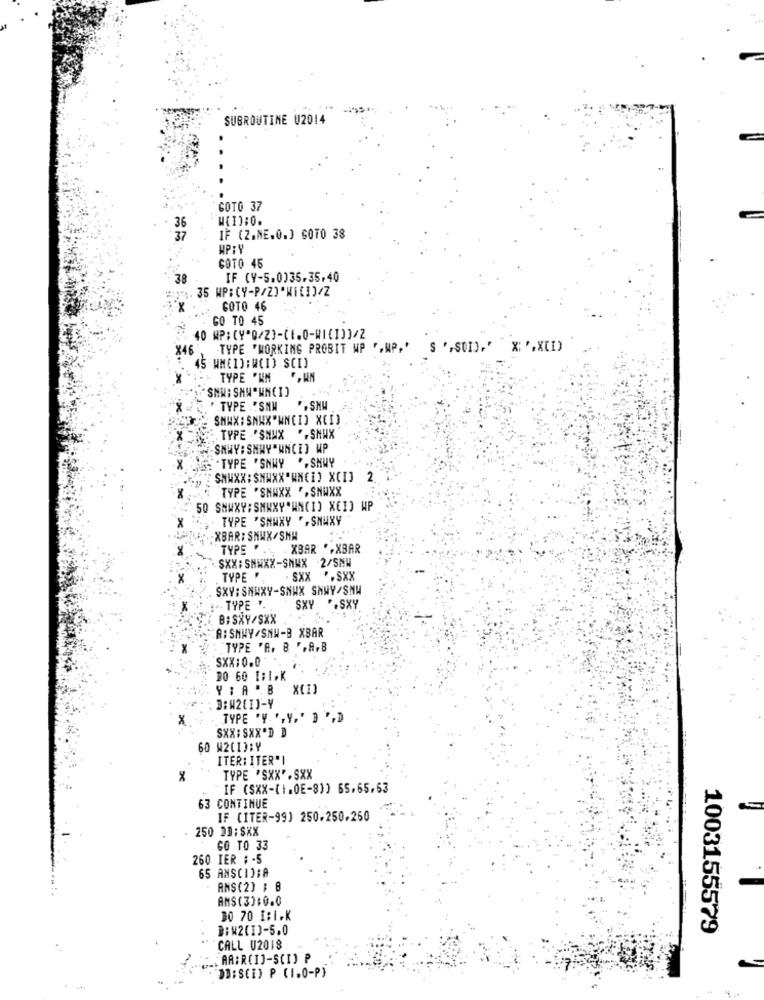
...
SUBROUTINE U2014
GOTO 37
36
37
IF (2.NE.0.] GOTO 38
HP:Y
GOTO 45
IF (Y-5,0035.35.40
. 35 HP: CY-P/2]"Wi[1]/Z
GOTO 46
GO TO 45
X46
TYPE "WORKING PROBIT WP ",MP.'
45 WMEID:WCI) SCI)
TYPE 'KM
SHW: SHAWNCIJ
"TYPE "SNH
SMWX: SNWX"WNCI] XEI)
:. TYPE 'SNUX "-SNWX
SNWY: SHWY"WNCE) WP
"TYPE "SNWY "- SHWY
SMWXX: SNWXX"WM(1) XCI] 2.
TYPE "SMWXX *, SNWXX
50 SMWXY: SMWXY"WNCI] XEI] WP
TYPE 'SNWXY " . SNAXY
XBAR: SHWX/SMH
TYPE " ... . XBAR *. XBAR
SXX: SMWXX-SNWX 2/SNW
TYPE ".
. SXX *. SXX
SXY: SNWXY-SNWX SNWY/SNU
- TYPE ".
SXY *. SXY
B: SXY/SXX
A: SMWY/SNW-B XBAR
TYPE "A, B ",A,B
SXX: 0.0
DO 60 1:1.K
Y; A .B
3:W2[1]-Y
x
TYPE "Y ", y, ' ] ",D
SXX : SXX'D D
60 M2(1):Y
ITER: ITER" I
TYPE 'SXX" . SXX
IF (SXX-(1.0E-81) 65,65,63
63 CONTINUE
IF (ITER-99) 250.250.260
250 23:$XX
GO TO 33
260 IER ; - 5
65 ANSCIOSA
ANS(2) ; B
AMS(3):0.0
30 70 1:1.K
#:M2(1)-5.0
1003155579
CALL U2018
AAIRCIJ-SCI P
DB:SCE) P (1.0-P)